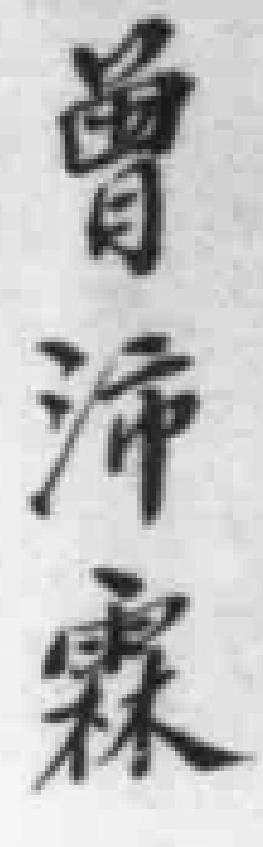
曾沛霖